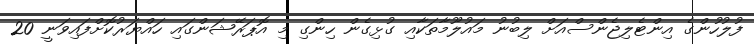
ފުލުހުންގެ އިންޓެލިޖެންސްއަށް ލިބުނު މައުލޫމާތަކާއި ގުޅިގެން ހިންގި މި އޮޕަރޭޝަންގައި ހައްޔަރުކޮށްފައިވަނީ 20